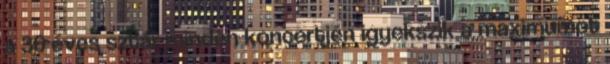
a 36 éves sztár minden koncertjén igyekszik a maximumot